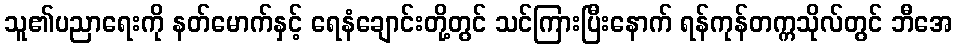
သူ၏ပညာရေးကို နတ်မောက်နှင့် ရေနံချောင်းတို့တွင် သင်ကြားပြီးနောက် ရန်ကုန်တက္ကသိုလ်တွင် ဘီအေ